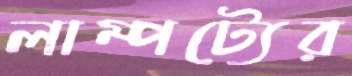
লাম্পট্যের